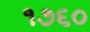
૧૭૬૦